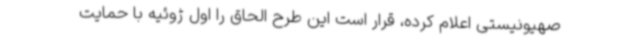
صهیونیستی اعلام کرده، قرار است این طرح الحاق را اول ژوئیه با حمایت